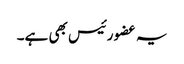
یہ عضو رئیس بھی ہے۔